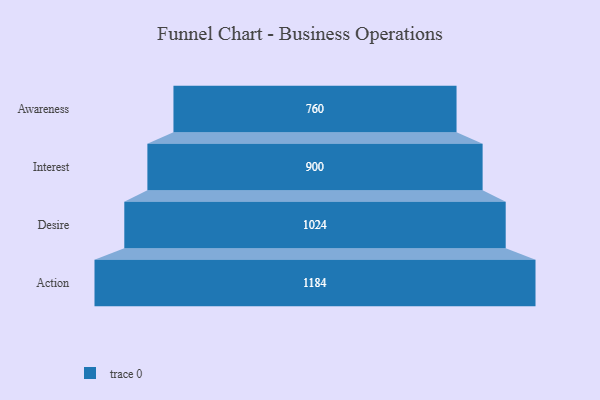
{"axis": {"x": "Stage", "y": "Value"}, "legend": [""], "data": [{"x": "Awareness", "y": 760.0, "type": ""}, {"x": "Interest", "y": 900.0, "type": ""}, {"x": "Desire", "y": 1024.0, "type": ""}, {"x": "Action", "y": 1184.0, "type": ""}]}